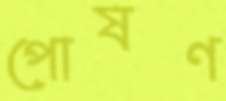
পোষণ